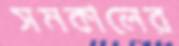
সমকালের